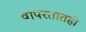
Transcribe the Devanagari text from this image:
वापरतातही